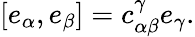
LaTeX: [e_{\alpha},e_{\beta}]=c_{\alpha\beta}^{\gamma}e_{\gamma}.